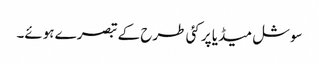
سوشل میڈیا پر کئی طرح کے تبصرے ہوئے۔